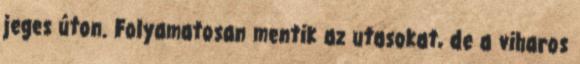
jeges úton. Folyamatosan mentik az utasokat, de a viharos